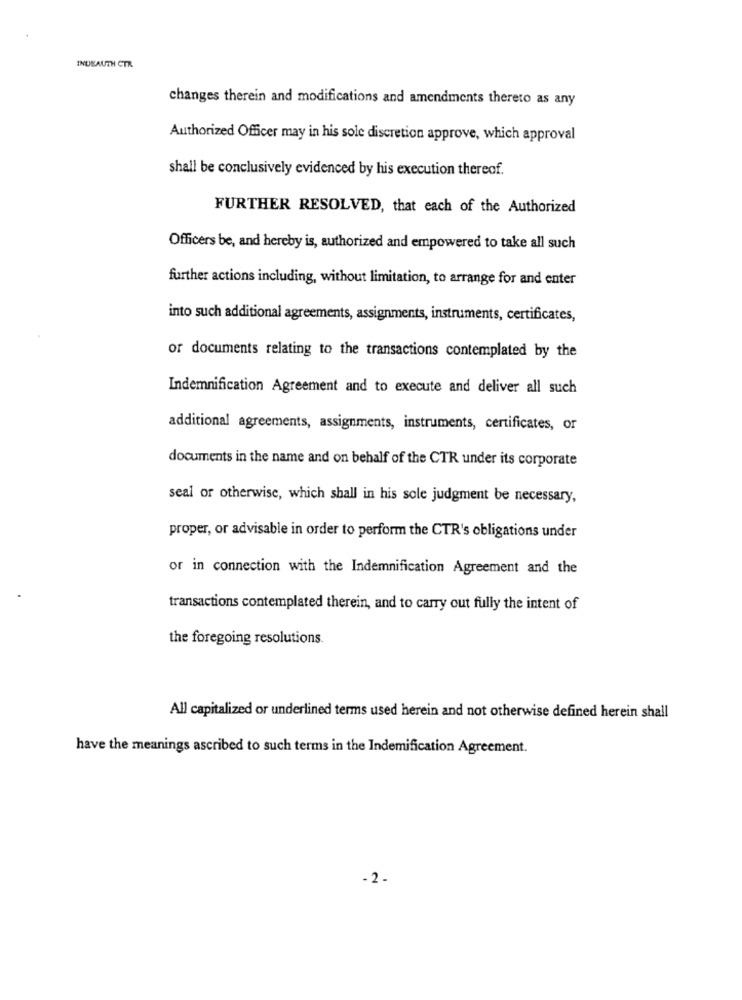
INUEAUTH CTR
changes therein and modifications and amendments thereto as any
Authorized Officer may in his sole discretion approve, which approval
shall be conclusively evidenced by his execution thereof.
FURTHER RESOLVED, that each of the Authorized
Officers be, and hereby is, authorized and empowered to take all such
further actions including, without limitation, to arrange for and enter
into such additional agreements, assignments, instruments, certificates,
or documents relating to the transactions contemplated by the
Indemnification Agreement and to execute and deliver all such
additional agreements, assignments, instruments, certificates, or
documents in the name and on behalf of the CTR under its corporate
seal or otherwise, which shall in his sole judgment be necessary,
proper, or advisable in order to perform the CTR's obligations under
or in connection with the Indemnification Agreement and the
transactions contemplated therein, and to carry out fully the intent of
the foregoing resolutions.
All capitalized or underlined terms used herein and not otherwise defined herein shall
have the meanings ascribed to such terms in the Indemification Agreement.
- 2 -